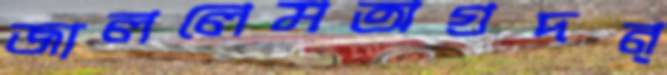
জাললেমঅগ্রদন্